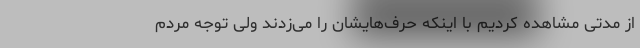
از مدتی مشاهده کردیم با اینکه حرف‌هایشان را می‌زدند ولی توجه مردم